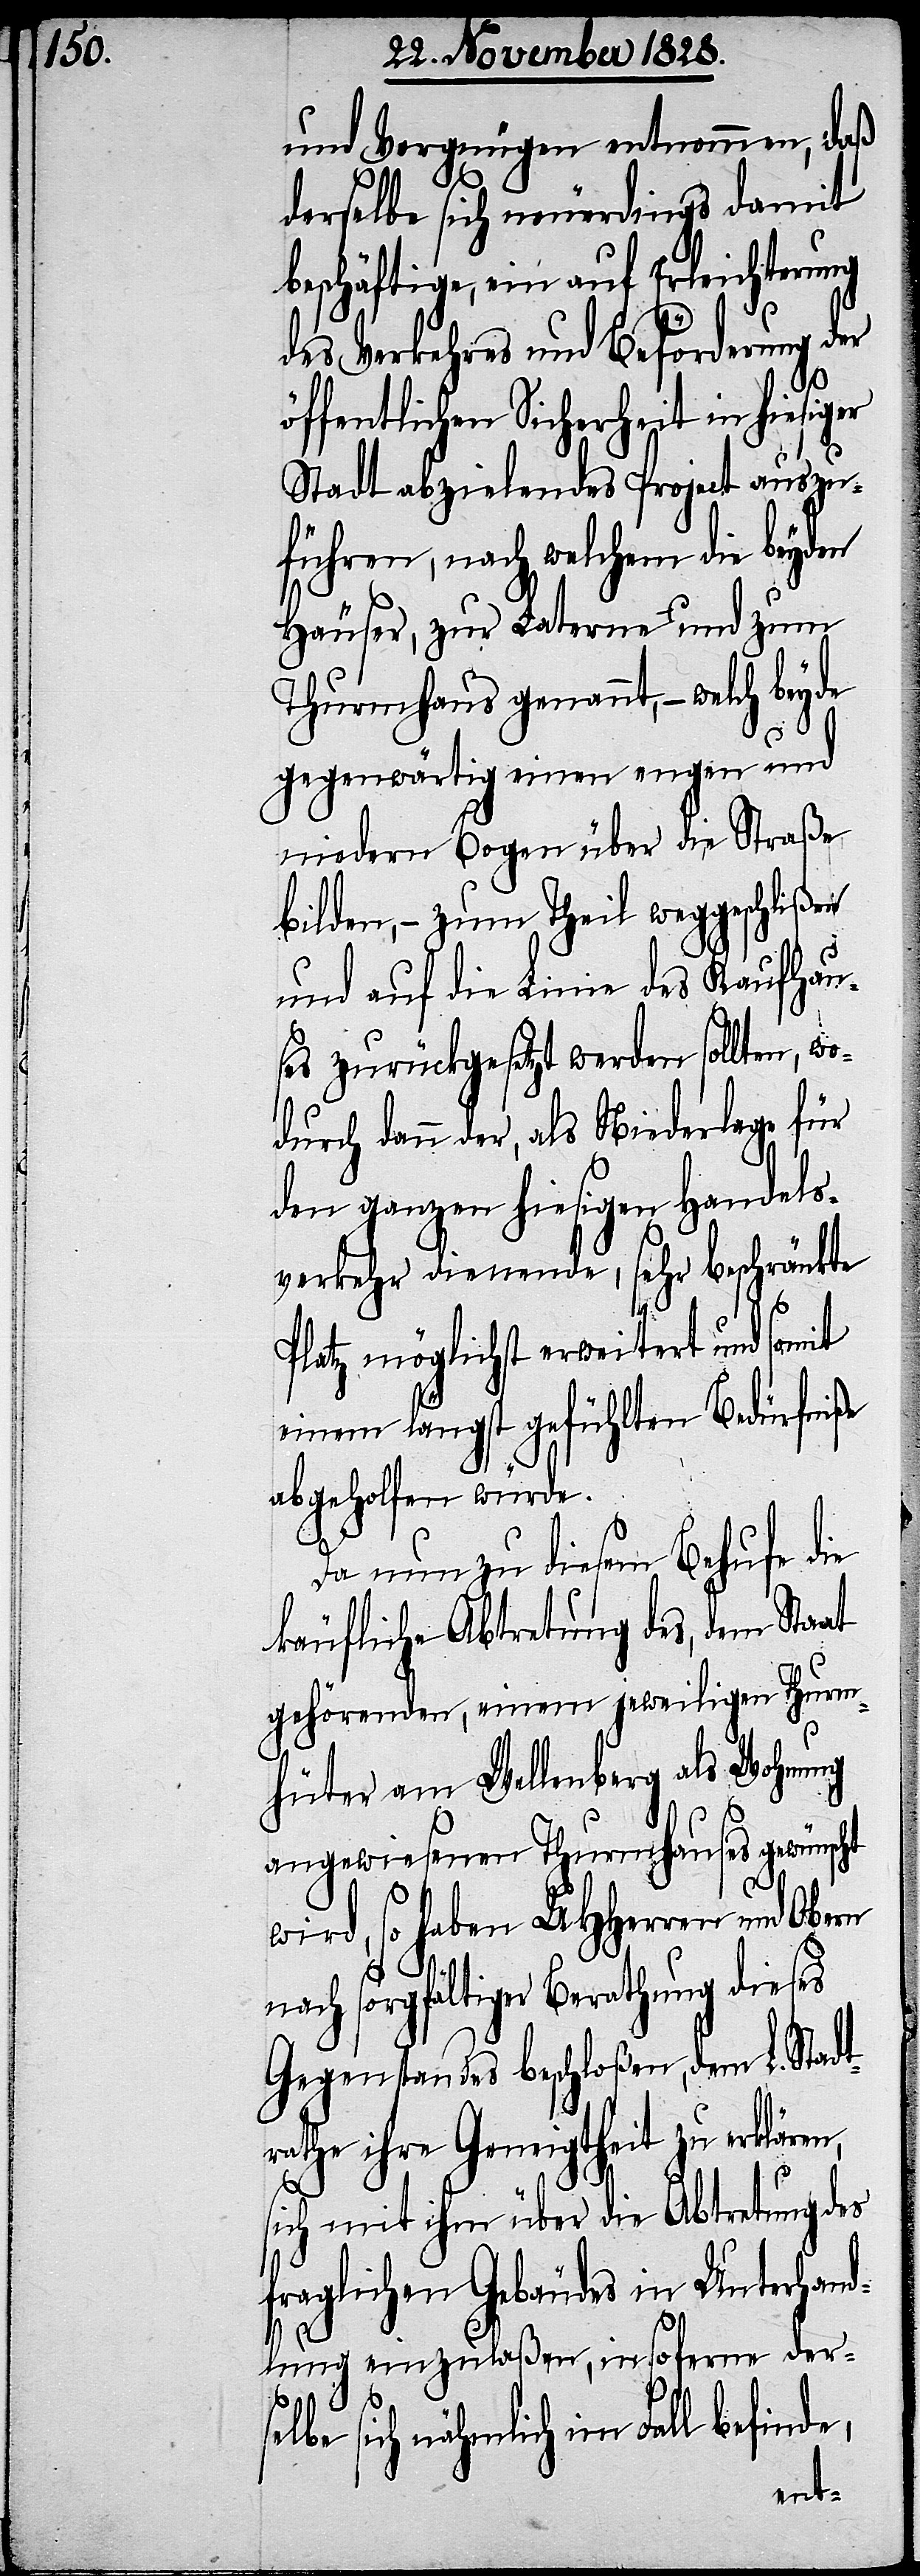
und Vergnügen entnommen, daß
derselbe sich neuerdings damit
beschäftige, ein auf Erleichterung
des Verkehres und Beförderung der
öffentlichen Sicherheit in hiesiger
Stadt abzielendes Project auszu¬
führen, nach welchem die beyden
Häuser, – zur Laterne und zum
Thurmhaus genannt, – welche
gegenwärtig einen engen und
niedern Bogen über die Straße
bilden, – zum Theil weggeschlißen
und auf die Linie des Kaufhau¬
ses zurückgesetzt werden sollten, wo¬
dann der, als Niederlage für
den ganzen hiesigen Handels¬
verkehr dienende, sehr beschränkte
Platz möglichst erweitert und somit
einem längst gefühlten Bedürfniße
abgeholfen würde.
Da nun zu diesem Behufe die
käufliche Abtretung des, dem Staat
gehörenden, einem jeweiligen Thurm¬
hüter am Wellenberg als Wohnung
angewiesenen Thurmhauses gewünscht
wird, so haben UHHerren und Obern
nach sorgfältiger Berathung dieses
Gegenstandes beschloßen, dem L. Stadt¬
rathe ihre Geneigtheit zu erklären,
sich mit ihm über die Abtretung des
fraglichen Gebäudes in Unterhan¬
dlung einzulaßen, insoferne der¬
durch
selbe sich nähmlich im Fall befinde,